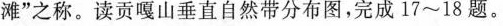
滩”之称。读贡嘎山垂直自然带分布图，完成17~18题。